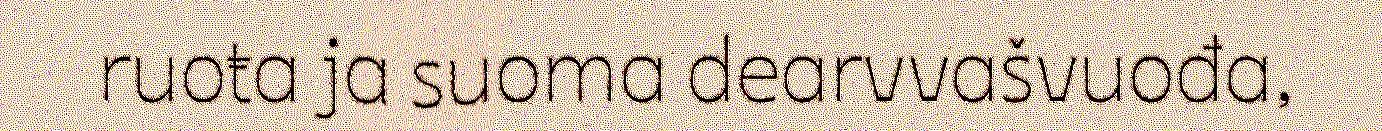
ruoŧa ja suoma dearvvašvuođa,